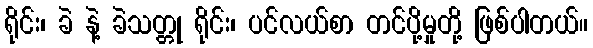
ရိုင်း၊ ခဲ နဲ့ ခဲသတ္တု ရိုင်း၊ ပင်လယ်စာ တင်ပို့မှုတို့ ဖြစ်ပါတယ်။